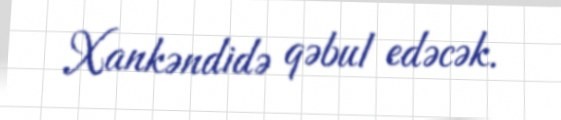
Xankəndidə qəbul edəcək.